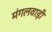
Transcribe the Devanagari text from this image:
मंगलवाड़ी